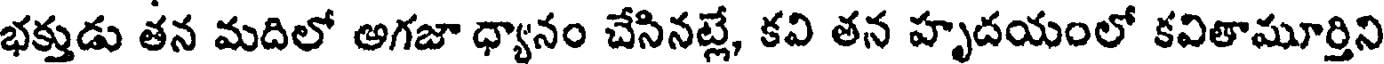
భక్తుడు తన మదిలో అగజా ధ్యానం చేసినట్లే, కవి తన హృదయంలో కవితామూర్తిని